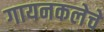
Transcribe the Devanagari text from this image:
गायनकलेचे